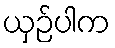
ယှဉ်ပါက